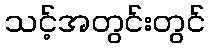
သင့်အတွင်းတွင်